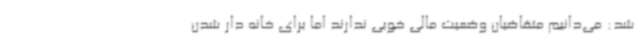
شد: می‌دانیم متقاضیان وضعیت مالی خوبی ندارند اما برای خانه دار شدن